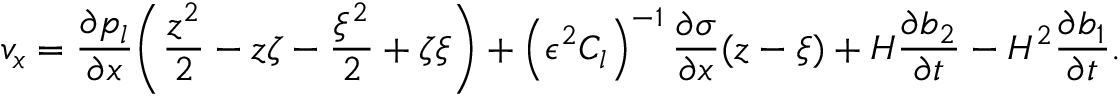
v _ { x } = \frac { \partial p _ { l } } { \partial x } \bigg ( \frac { z ^ { 2 } } { 2 } - z \zeta - \frac { \xi ^ { 2 } } { 2 } + \zeta \xi \bigg ) + \left( \epsilon ^ { 2 } C _ { l } \right) ^ { - 1 } \frac { \partial \sigma } { \partial x } ( z - \xi ) + H \frac { \partial b _ { 2 } } { \partial t } - H ^ { 2 } \frac { \partial b _ { 1 } } { \partial t } .